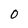
Character: 0